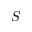
S